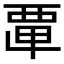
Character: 𮗂